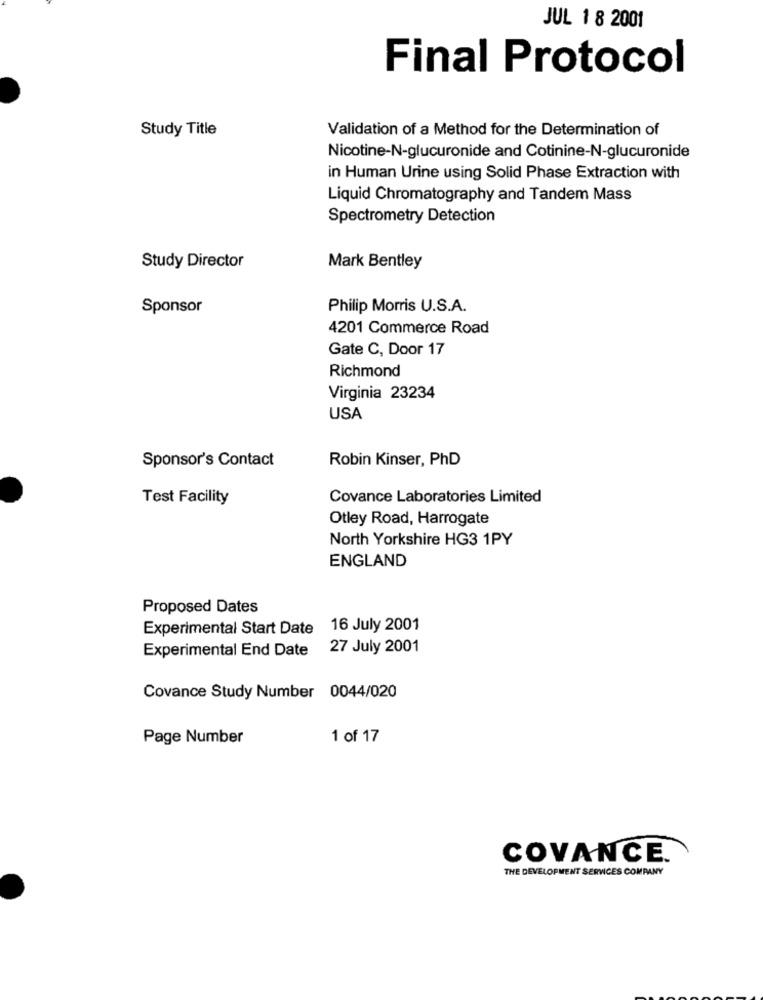
JUL 1 8 2001
Final Protocol
Study Title
Validation of a Method for the Determination of
Nicotine-N-glucuronide and Cotinine-N-glucuronide
in Human Urine using Solid Phase Extraction with
Liquid Chromatography and Tandem Mass
Spectrometry Detection
Study Director
Mark Bentley
Sponsor
Philip Morris U.S.A.
4201 Commerce Road
Gate C, Door 17
Richmond
Virginia 23234
USA
Sponsor's Contact
Robin Kinser, PhD
Test Facility
Covance Laboratories Limited
Otley Road, Harrogate
North Yorkshire HG3 1PY
ENGLAND
Proposed Dates
Experimental Start Date 16 July 2001
Experimental End Date
27 July 2001
Covance Study Number 0044/020
Page Number
1 of 17
COVANCE.
THE DEVELOPMENT SERVICES COMPANY